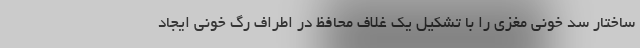
ساختار سد خونی مغزی را با تشکیل یک غلاف محافظ در اطراف رگ خونی ایجاد